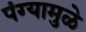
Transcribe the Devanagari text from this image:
पंग्यामुळे